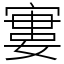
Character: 寠